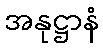
အနုဋ္ဌာနံ